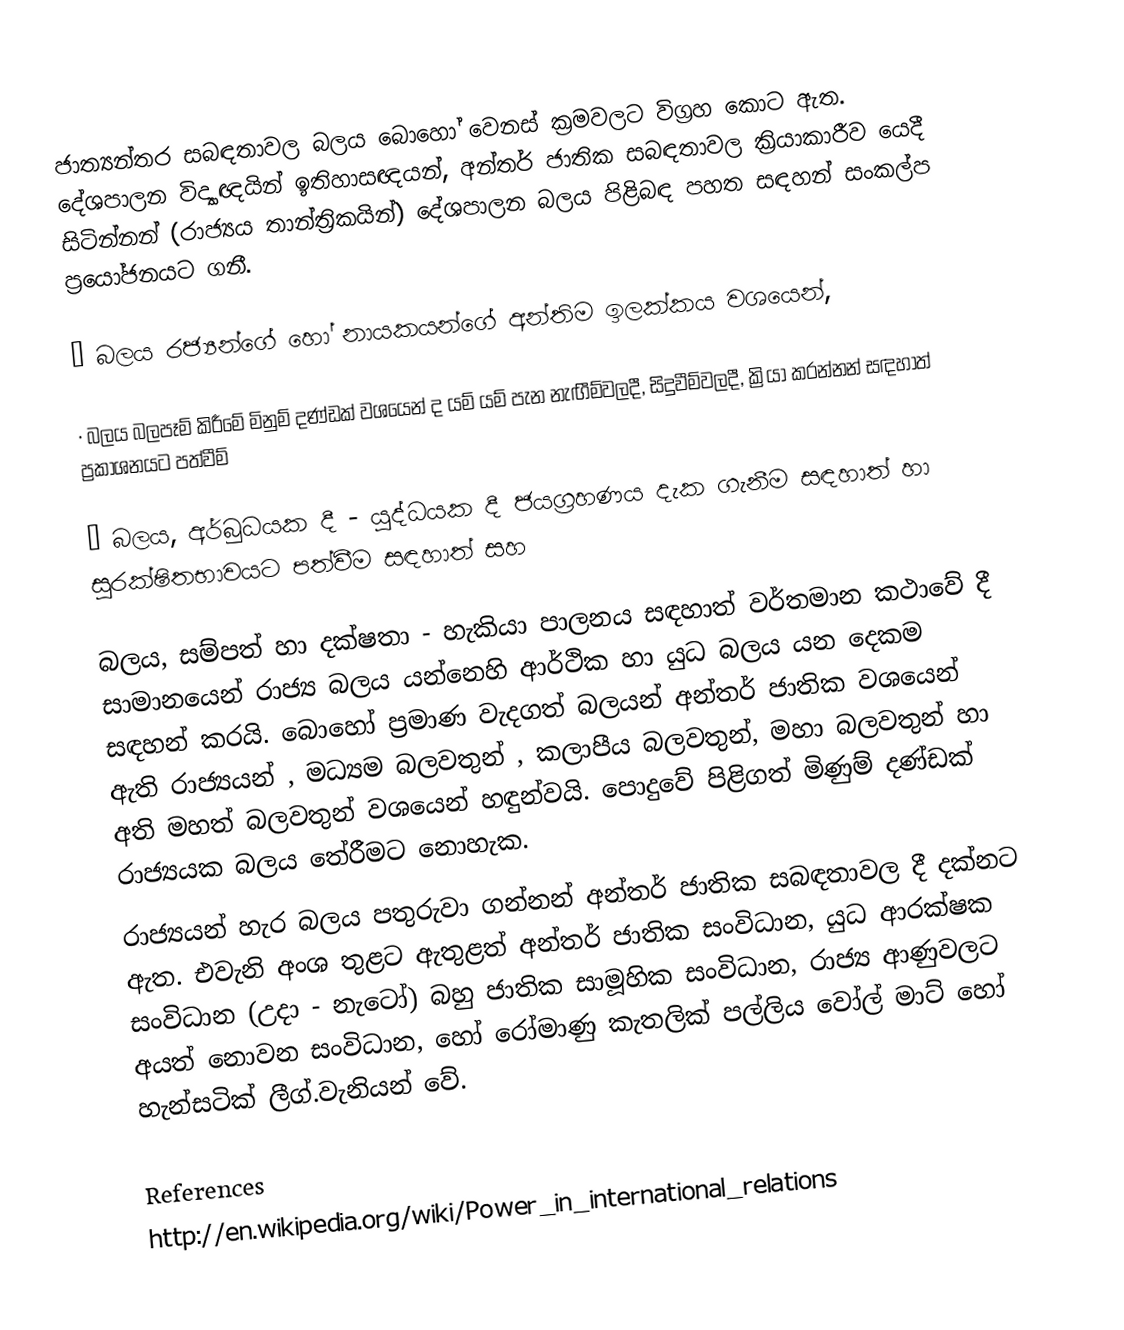
ජාත්‍යන්තර සබඳතාවල බලය බොහෝ වෙනස් ක්‍රමවලට විග්‍රහ කොට ඇත. දේශපාලන විද්‍යාඥයින්  ඉතිහාසඥයන්, අන්තර් ජාතික සබඳතාවල ක්‍රියාකාරීව යෙදී සිටින්නන් (රාජ්‍යය තාන්ත්‍රිකයින්) දේශපාලන බලය පිළිබඳ පහත සඳහන් සංකල්ප ප්‍රයෝජනයට ගනී.

·	බලය රජ්‍යන්ගේ හෝ නායකයන්ගේ අන්තිම ඉලක්කය වශයෙන්,

·	බලය බලපෑම් කිරීමේ මිනුම් දණ්ඩක් වශයෙන් ද යම් යම් පැන නැඟීම්වලදී, සිදුවීම්වලදී, ක්‍රියා කරන්නන් සඳහාත් ප්‍රකාශනයට පත්වීම්

·	බලය, අර්බුධයක දී - යුද්ධයක දී ජයග්‍රහණය දැක ගැනීම සඳහාත් හා සුරක්ෂිතභාවයට පත්වීම සඳහාත් සහ

බලය, සම්පත් හා දක්ෂතා - හැකියා පාලනය සඳහාත් වර්තමාන කථාවේ දී සාමානයෙන් රාජ්‍ය බලය යන්නෙහි ආර්ථික හා යුධ බලය යන දෙකම සඳහන් කරයි. බොහෝ ප්‍රමාණ වැදගත් බලයන් අන්තර් ජාතික වශයෙන් ඇති රාජ්‍යයන් , මධ්‍යම බලවතුන් , කලාපීය බලවතුන්, මහා බලවතුන් හා අති මහත් බලවතුන් වශයෙන් හඳුන්වයි. පොදුවේ පිළිගත් මිණුම් දණ්ඩක් රාජ්‍යයක බලය තේරීමට නොහැක.
රාජ්‍යයන් හැර බලය පතුරුවා ගන්නන් අන්තර් ජාතික සබඳතාවල දී දක්නට  ඇත. එවැනි අංශ තුළට ඇතුළත් අන්තර් ජාතික සංවිධාන, යුධ ආරක්ෂක සංවිධාන (උදා - නැටෝ) බහු ජාතික සාමූහික සංවිධාන, රාජ්‍ය ආණුවලට අයත් නොවන සංවිධාන, හෝ රෝමාණු කැතලික් පල්ලිය වෝල් මාට් හෝ හැන්සටික් ලීග්.වැනියන් වේ.

References
http://en.wikipedia.org/wiki/Power_in_international_relations